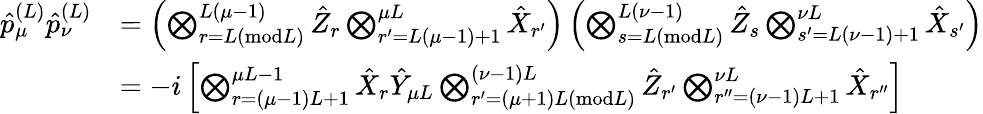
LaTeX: \begin{array}{rl}{\hat{p}_{\mu}^{(L)}\hat{p}_{\nu}^{(L)}}&{=\left(\bigotimes_{r=L(\textrm{mod}L)}^{L(\mu-1)}\hat{Z}_{r}\bigotimes_{r^{\prime}=L(\mu-1)+1}^{\mu L}\hat{X}_{r^{\prime}}\right)\left(\bigotimes_{s=L(\textrm{mod}L)}^{L(\nu-1)}\hat{Z}_{s}\bigotimes_{s^{\prime}=L(\nu-1)+1}^{\nu L}\hat{X}_{s^{\prime}}\right)}\\ &{=-i\left[\bigotimes_{r=(\mu-1)L+1}^{\mu L-1}\hat{X}_{r}\hat{Y}_{\mu L}\bigotimes_{r^{\prime}=(\mu+1)L(\textrm{mod}L)}^{(\nu-1)L}\hat{Z}_{r^{\prime}}\bigotimes_{r^{\prime\prime}=(\nu-1)L+1}^{\nu L}\hat{X}_{r^{\prime\prime}}\right]}\end{array}